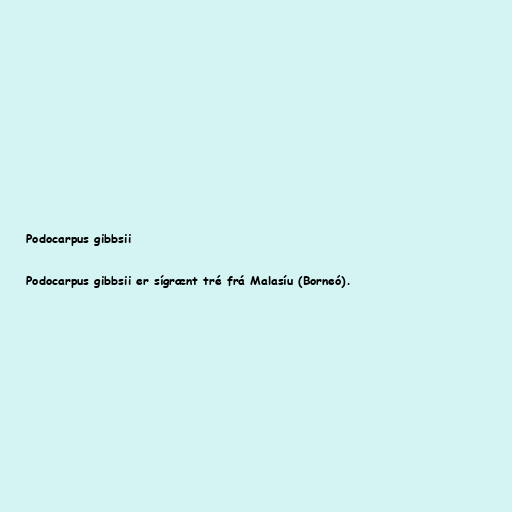
Podocarpus gibbsii

Podocarpus gibbsii er sígrænt tré frá Malasíu (Borneó).